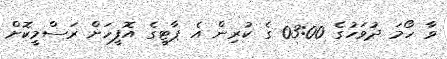
ވާ ހޯމަ ދުވަހުގެ 03:00 ގެ ކުރިން އެ ޕާޓީގެ އޮފީހަށް ރަސްމީކޮށް